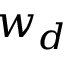
w _ { d }